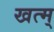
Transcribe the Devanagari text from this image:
खत्म्